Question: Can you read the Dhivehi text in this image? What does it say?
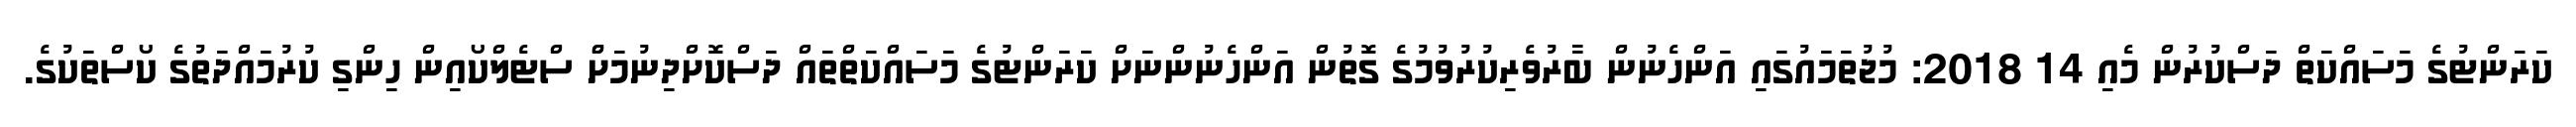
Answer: ކަރަންޓުގެ މަސައްކަތް ދަސްކުރުން މެއި 14 2018: މުޖުތަމައުގައި އަންހެނުން ބާރުވެރިކުރުވުމުގެ ގޮތުން އަންހެނުންނަށް ކަރަންޓުގެ މަސައްކަތްތައް ދަސްކޮށްދިނުމަށްް ސްޓެލްކޯއިން ހިންގި ކުރުމައްދަތުގެ ކޯސްތަކުގެ.